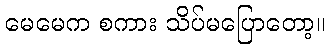
မေမေက စကား သိပ်မပြောတော့။